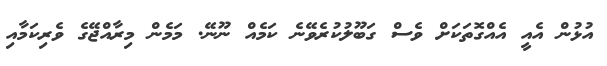
އުޅުން އެއީ އެއްގޮތަކަށް ވެސް ގަބޫލުކުރެވޭނެ ކަމެއް ނޫނޭ. މަމެން މިރާއްޖޭގެ ވެރިކަމާއި